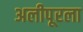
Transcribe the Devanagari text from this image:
अलीपूरला